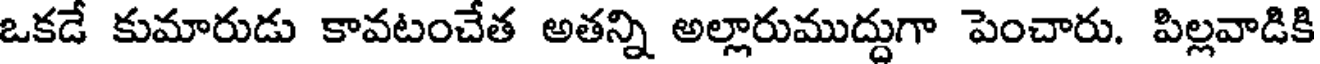
ఒకడే కుమారుడు కావటంచేత అతన్ని అల్లారుముద్దుగా పెంచారు. పిల్లవాడికి